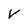
Character: V